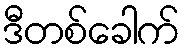
ဒီတစ်ခေါက်